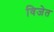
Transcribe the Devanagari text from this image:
विजेत